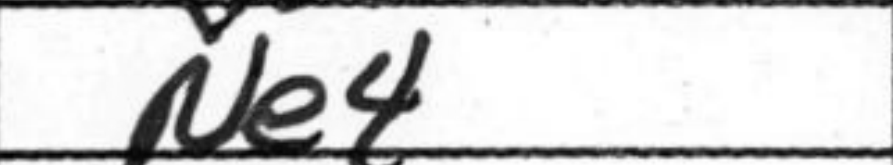
Transcription: Ne4